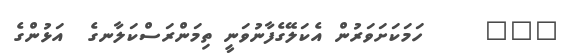
١١١     ހަމަކަށަވަރުން އެކަލޭގެފާނުވަނީ ތިމަންރަސްކަލާނގެ  އަޅުންގެ